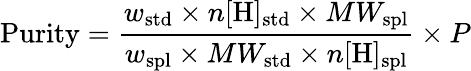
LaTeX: \mathrm{Purity}={\frac{w_{\mathrm{std}}\times n[\mathrm{H}]_{\mathrm{std}}\times MW_{\mathrm{spl}}}{w_{\mathrm{spl}}\times MW_{\mathrm{std}}\times n[\mathrm{H}]_{\mathrm{spl}}}}\times P